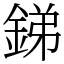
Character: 銻